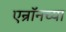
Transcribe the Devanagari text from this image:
एन्रॉनच्या